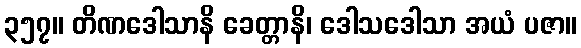
၃၅၇။ တိဏဒေါသာနိ ခေတ္တာနိ၊ ဒေါသဒေါသာ အယံ ပဇာ။